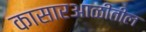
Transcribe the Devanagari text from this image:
कासारआळीतील